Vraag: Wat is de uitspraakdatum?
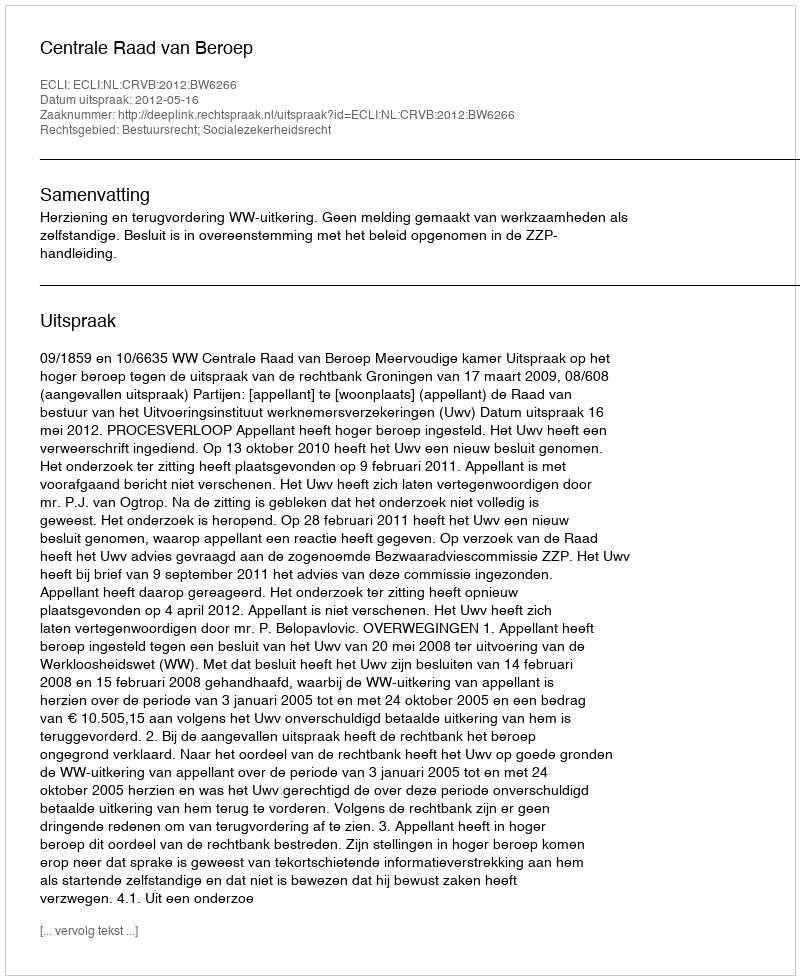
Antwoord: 2012-05-16